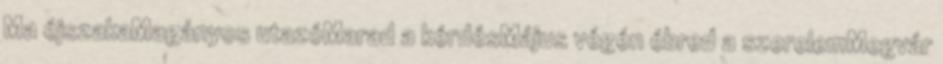
Ma éjszakaMagányos utazóMarad a kérdésMájus végén ébred a szerelemMegvár